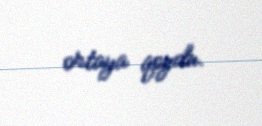
ortaya qoydu.